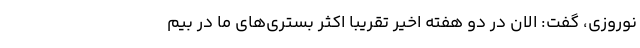
نوروزی، گفت: الان در دو هفته اخیر تقریبا اکثر بستری‌های ما در بیم